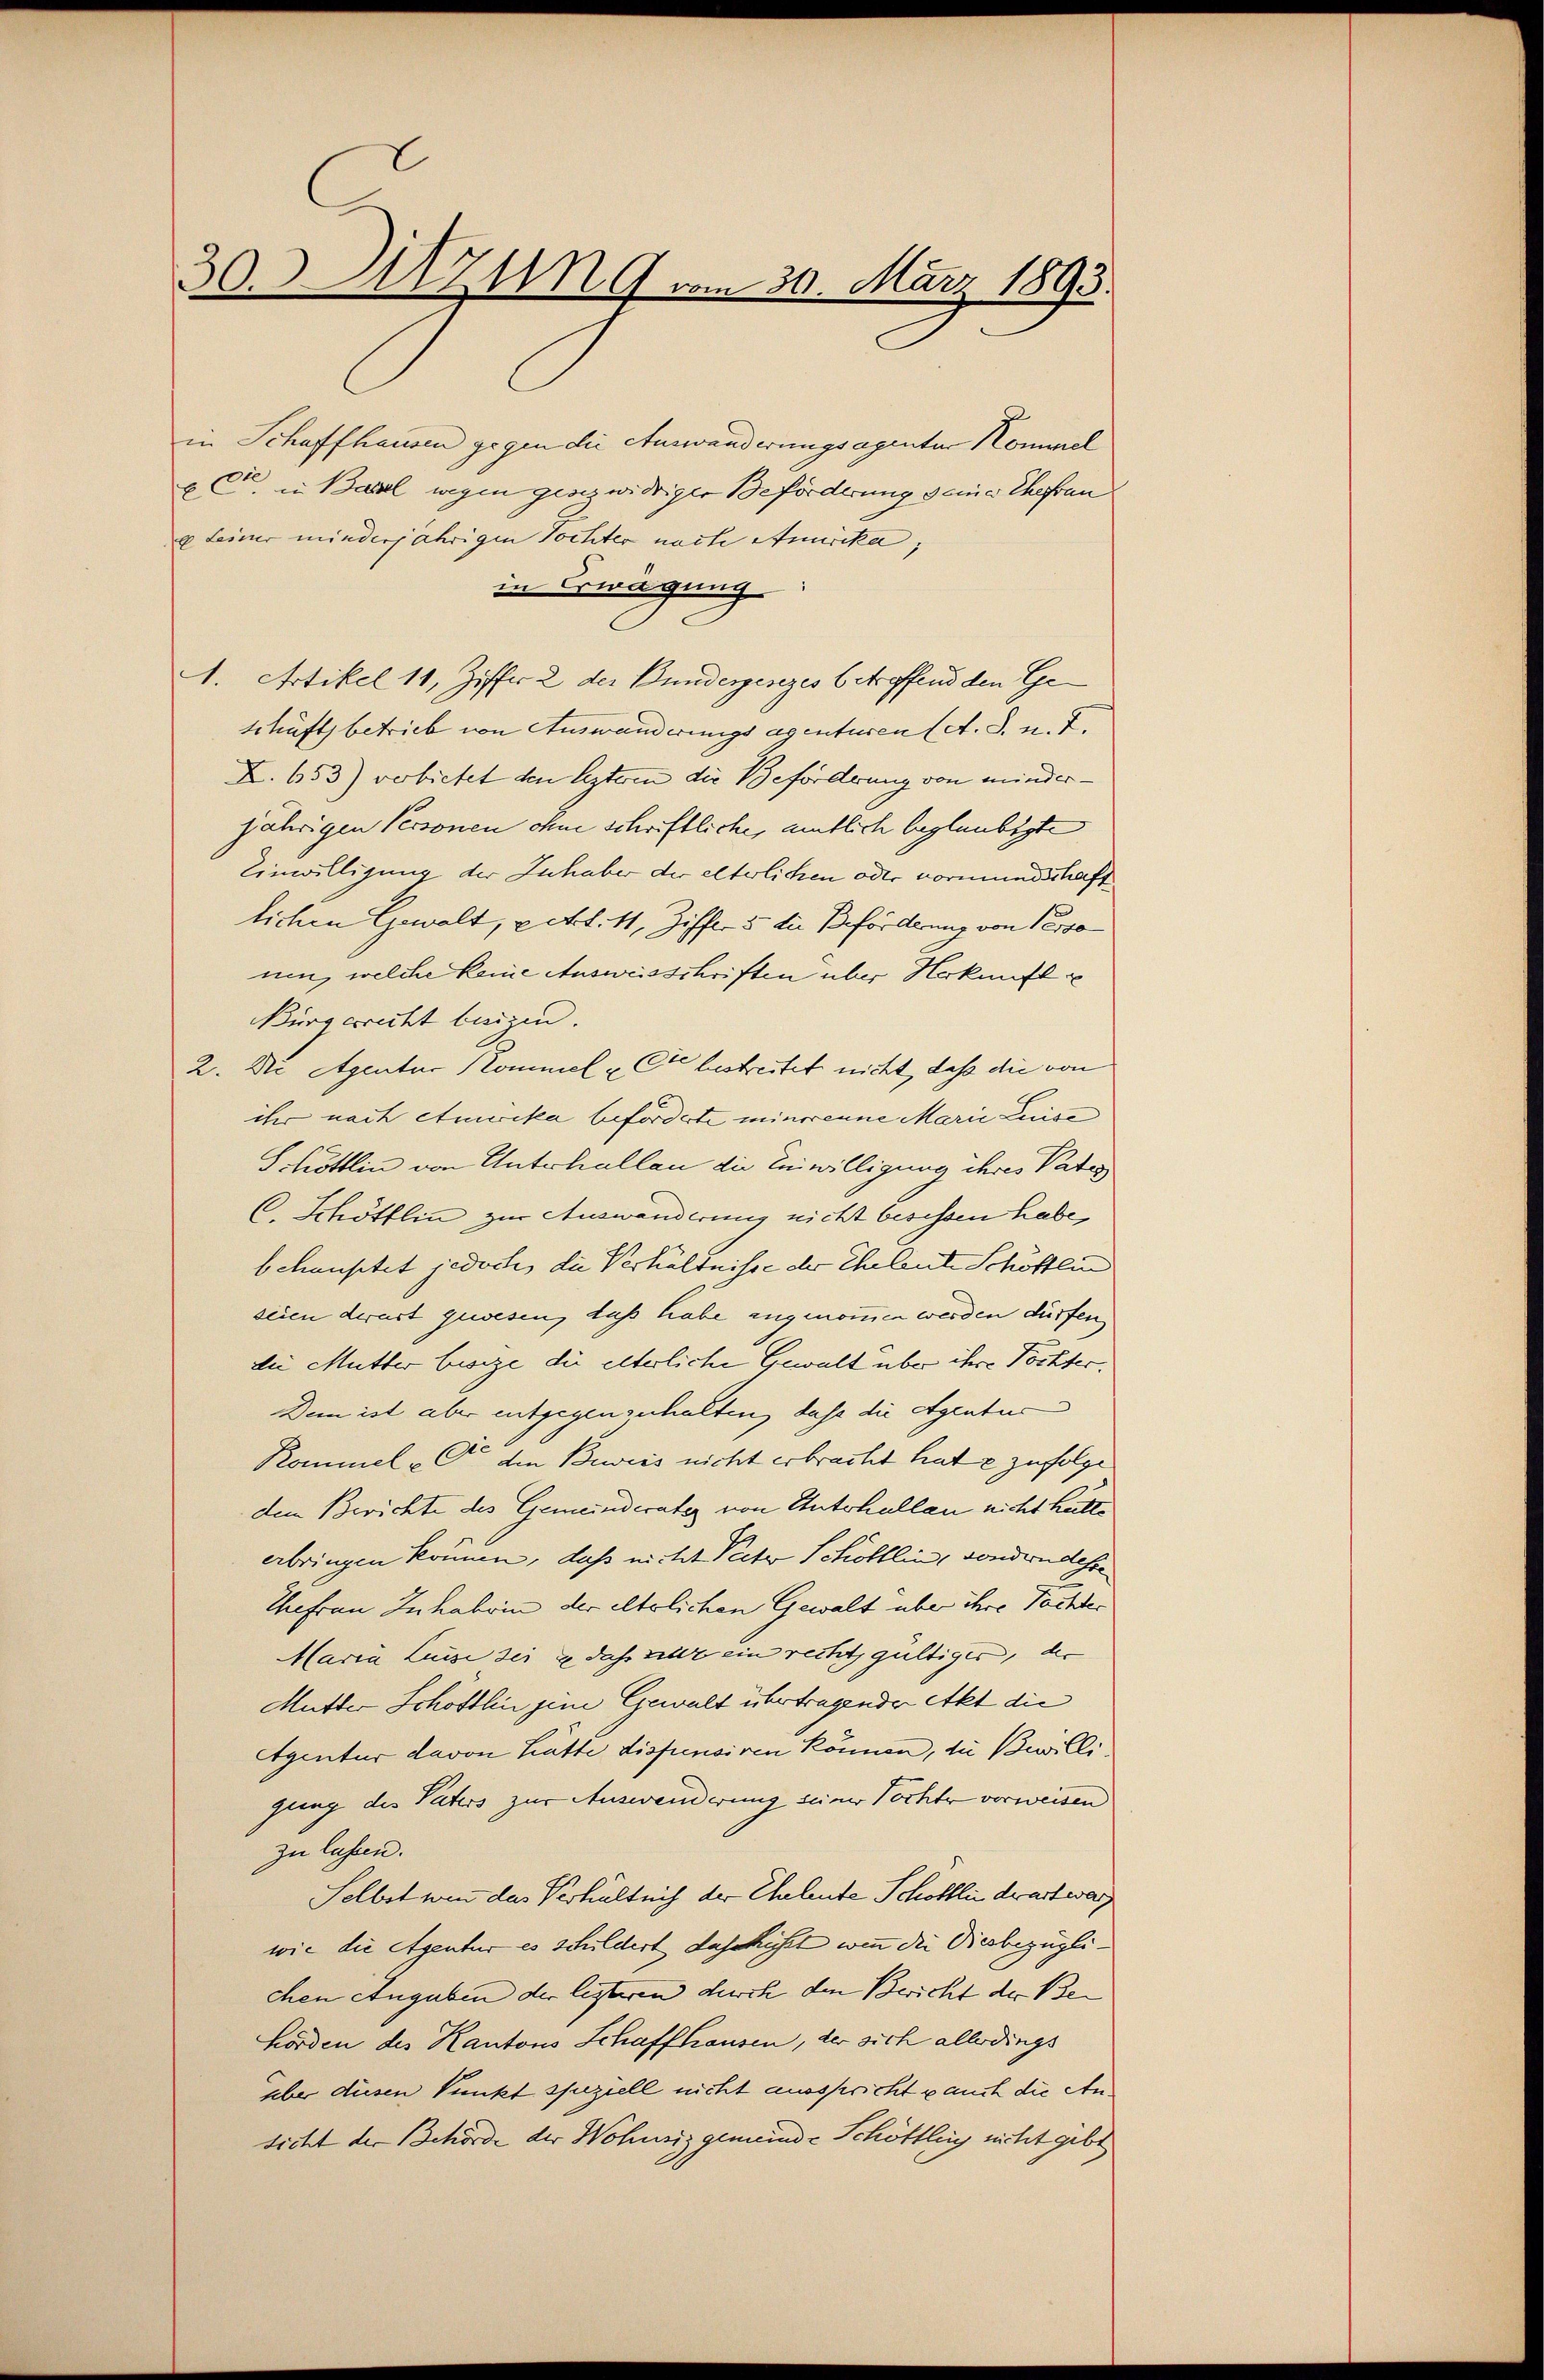
30.MZUG vom 30. März 1893.

in Schaffhausen gegen die Auswanderungsagenter Kommel
u C. in Basel wegen gesezwidriger Beförderung seiner Ehefrau
 feiner minderjährigen Tochter nach Amerika,
in Erwägung
I. Artikel 11, Ziffer 2 der Bundergenges betroffend den Geschäfts betrieb von Auswanderungsagenturen (A. S. n. F.
X. 653) verbietet den lezteren die Beforderung von minderjährigen Personen ohne schriftliche, amtlich beglaubigte
Einwilligung der Zuhaber der elterlichen oder vormundschaft
lichen Gewalt, retol. 11, Ziffer 5 die Beförderung von Perso
uin, welche keine Ausweisschriften über Herkunft u
Bürgerrecht beigen.
2. Die Agentur Kommel „Cie bestreitet nicht, daß die von
ihr nach etmerika beforderte minorenne Marie Luise
Schöttlin von Unterhallen die Einwilligung ihres Vate
C. Schöttlin zur Auswanderung nicht besessen habe,
behauptet jedoch, die Verhältnisse der Eheleute Schöfflin
seien derast gewesen, daß habe angenommen werden dürfen,
die Mutter besize die elterliche Gewalt über ihre Töchter.
Dem ist aber entgegengehalten, dass die Agentur
Kommel u C. den Beweis nicht erbracht hat e zufolge
dem Berichte des Gemeinderater von Unterhallen nicht hatte
erbringen können, daß nicht Pector Schölllin, sonderndesre
Thefrau Inhabe in der eltlichen Gewalt über ihre Tochte¬
Maria Luise sei & dass alle ein recht gültiger, der
Mutter Schottlin jene Gewalt übertragender Akt die
Agentur davon hatte dispensiven können, zu Bewilligung des Paters zur Auswenderung seiner Tochte vorweisen
zu lassen.
Selbst von der Verhältnis der Eheleute Schottlin derart warzwie die Agentur es schildert daschisst, wenn die Diesbezüglichen Angaben der lezteren durch den Bericht der Be¬
Hörden des Kantons Schaffhausen, der sich allerdings
über diesen Punkt speziell nicht ausspricht auch die Ansicht der Behörde der Wohnsiz gemeinde Schöttling nicht gebe